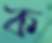
ক